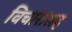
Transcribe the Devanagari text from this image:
विचारांसह